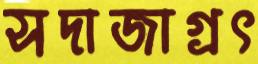
সদাজাগ্রৎ